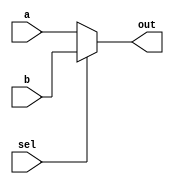
module mux2x1_32 (
  input wire [31:0] a, b,
  input wire sel,
  output wire [31:0] out
);
  assign out = (sel == 0) ? a : b;
endmodule

module mux2x1_5 (
  input wire [4:0] a, b,
  input wire sel,
  output wire [4:0] out
);
  assign out = (sel == 0) ? a : b;
endmodule